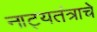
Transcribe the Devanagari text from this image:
नाट्यतंत्राचे